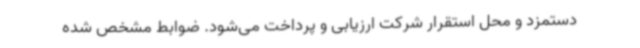
دستمزد و محل استقرار شرکت ارزیابی و پرداخت می‌شود. ضوابط مشخص شده